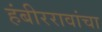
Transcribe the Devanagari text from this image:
हंबीररावांचा